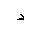
Letter: _dal